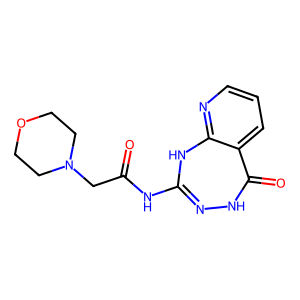
SMILES: O=C(CN1CCOCC1)NC1=NNC(=O)c2cccnc2N1
Inhibits HIV replication: No